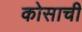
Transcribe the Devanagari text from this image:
कोसाची